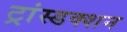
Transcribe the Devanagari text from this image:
ट्रांस्डक्शन